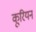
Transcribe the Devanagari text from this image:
कूरियन